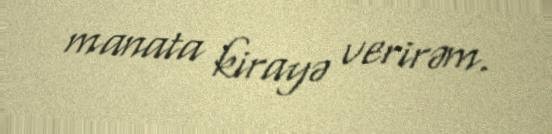
manata kirayə verirəm.